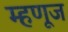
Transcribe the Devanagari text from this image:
म्हणूज